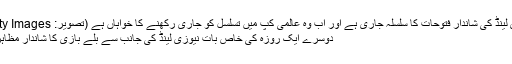
نیوزی لینڈ کی شاندار فتوحات کا سلسلہ جاری ہے اور اب وہ عالمی کپ میں تسلسل کو جاری رکھنے کا خواہاں ہے (تصویر: Getty Images)
دوسرے ایک روزہ کی خاص بات نیوزی لینڈ کی جانب سے بلے بازی کا شاندار مظاہرہ تھا۔